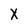
Character: X